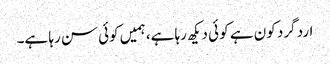
ارد گرد کون ہے کو ئی دیکھ رہا ہے، ہمیں کوئی سن رہا ہے۔